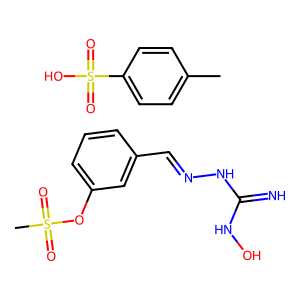
SMILES: CS(=O)(=O)Oc1cccc(C=NNC(=N)NO)c1.Cc1ccc(S(=O)(=O)O)cc1
Inhibits HIV replication: No